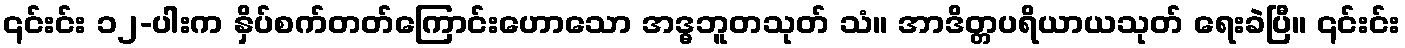
၎င်းင်း ၁၂-ပါးက နှိပ်စက်တတ်ကြောင်းဟောသော အဒ္ဓဘူတသုတ် သံ။ အာဒိတ္တပရိယာယသုတ် ရေးခဲပြီ။ ၎င်းင်း